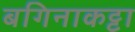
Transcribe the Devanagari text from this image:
बगिनाकट्टा